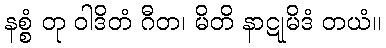
နစ္စံ တု ဝါဒိတံ ဂီတ၊ မိတိ နာဋုမိဒံ တယံ။